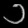
Digit: ၁